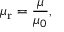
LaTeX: \mu _ { \mathrm { r } } = { \frac { \mu } { \mu _ { 0 } } } ,